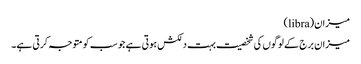
میزان(libra)
میزان برج کے لوگوں کی شخصیت بہت دلکش ہوتی ہے جو سب کو متوجہ کرتی ہے۔